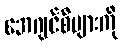
အေဂျင်စီများကို